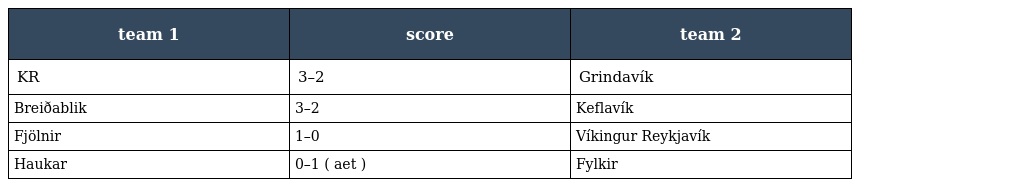
| team 1 | score | team 2 |
 | --- | --- | --- |
 | KR | 3–2 | Grindavík |
 | Breiðablik | 3–2 | Keflavík |
 | Fjölnir | 1–0 | Víkingur Reykjavík |
 | Haukar | 0–1 ( aet ) | Fylkir |